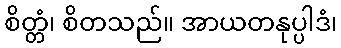
စိတ္တံ၊ စိတသည်။ အာယတနုပ္ပါဒံ၊